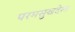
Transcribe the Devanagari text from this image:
परमसुखदेत्व